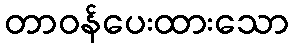
တာဝန်ပေးထားသော